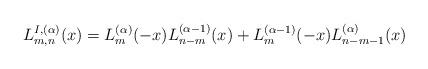
LaTeX: \begin{align*}L_{m,n}^{I,(\alpha)}(x)=L_m^{(\alpha)}(-x)L_{n-m}^{(\alpha-1)}(x)+L_{m}^{(\alpha-1)}(-x)L_{n-m-1}^{(\alpha)}(x)\end{align*}